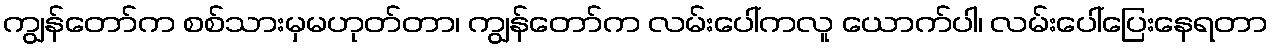
ကျွန်တော်က စစ်သားမှမဟုတ်တာ၊ ကျွန်တော်က လမ်းပေါ်ကလူ ယောက်ပါ၊ လမ်းပေါ်ပြေးနေရတာ